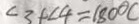
\angle 3 + \angle 4 = 1 8 0 0 c